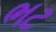
ભટ